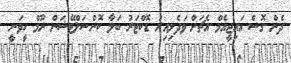
ދެން ގޮސް އައިޖީއެމް އެޗަށް ވަދެލިއިރު ޑޮކްޓަރު ބަލާ ކޮންސަލްޓޭޝަން ރޫމް ހީވަނީ